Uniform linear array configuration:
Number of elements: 8
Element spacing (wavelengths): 1
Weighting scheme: hamming
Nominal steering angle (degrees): -45
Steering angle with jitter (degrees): -44.685
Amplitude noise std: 0.05
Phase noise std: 0.05

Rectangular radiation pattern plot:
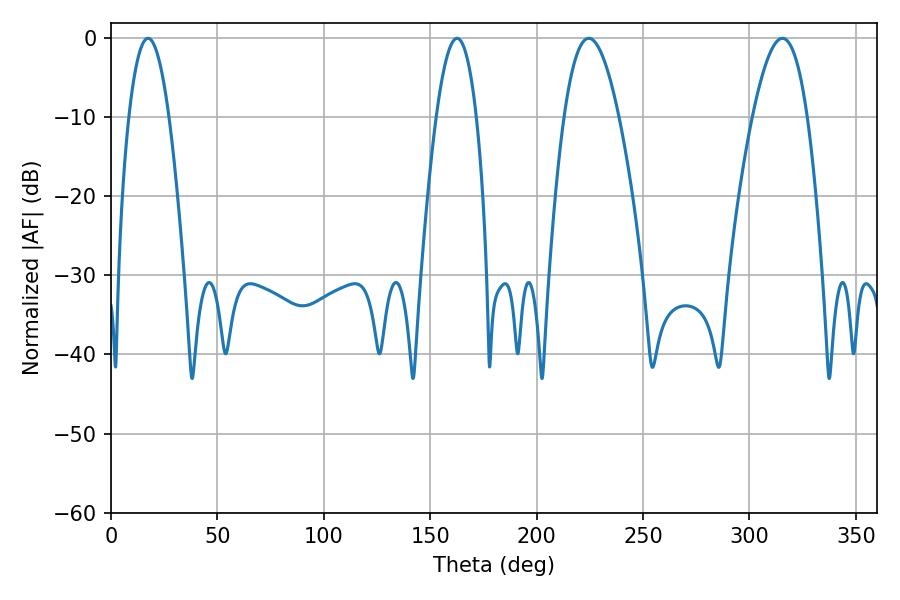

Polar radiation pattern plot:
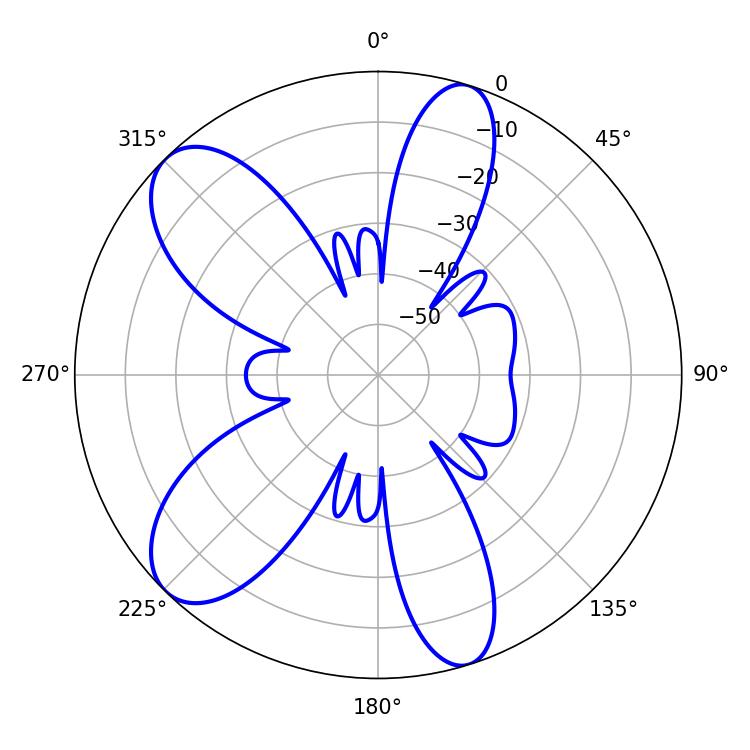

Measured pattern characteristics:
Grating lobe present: TRUE
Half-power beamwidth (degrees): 14.04
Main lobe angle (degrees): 224.46